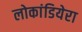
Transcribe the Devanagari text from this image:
लोकांडियेरा